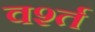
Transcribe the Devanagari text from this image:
वर्श्त